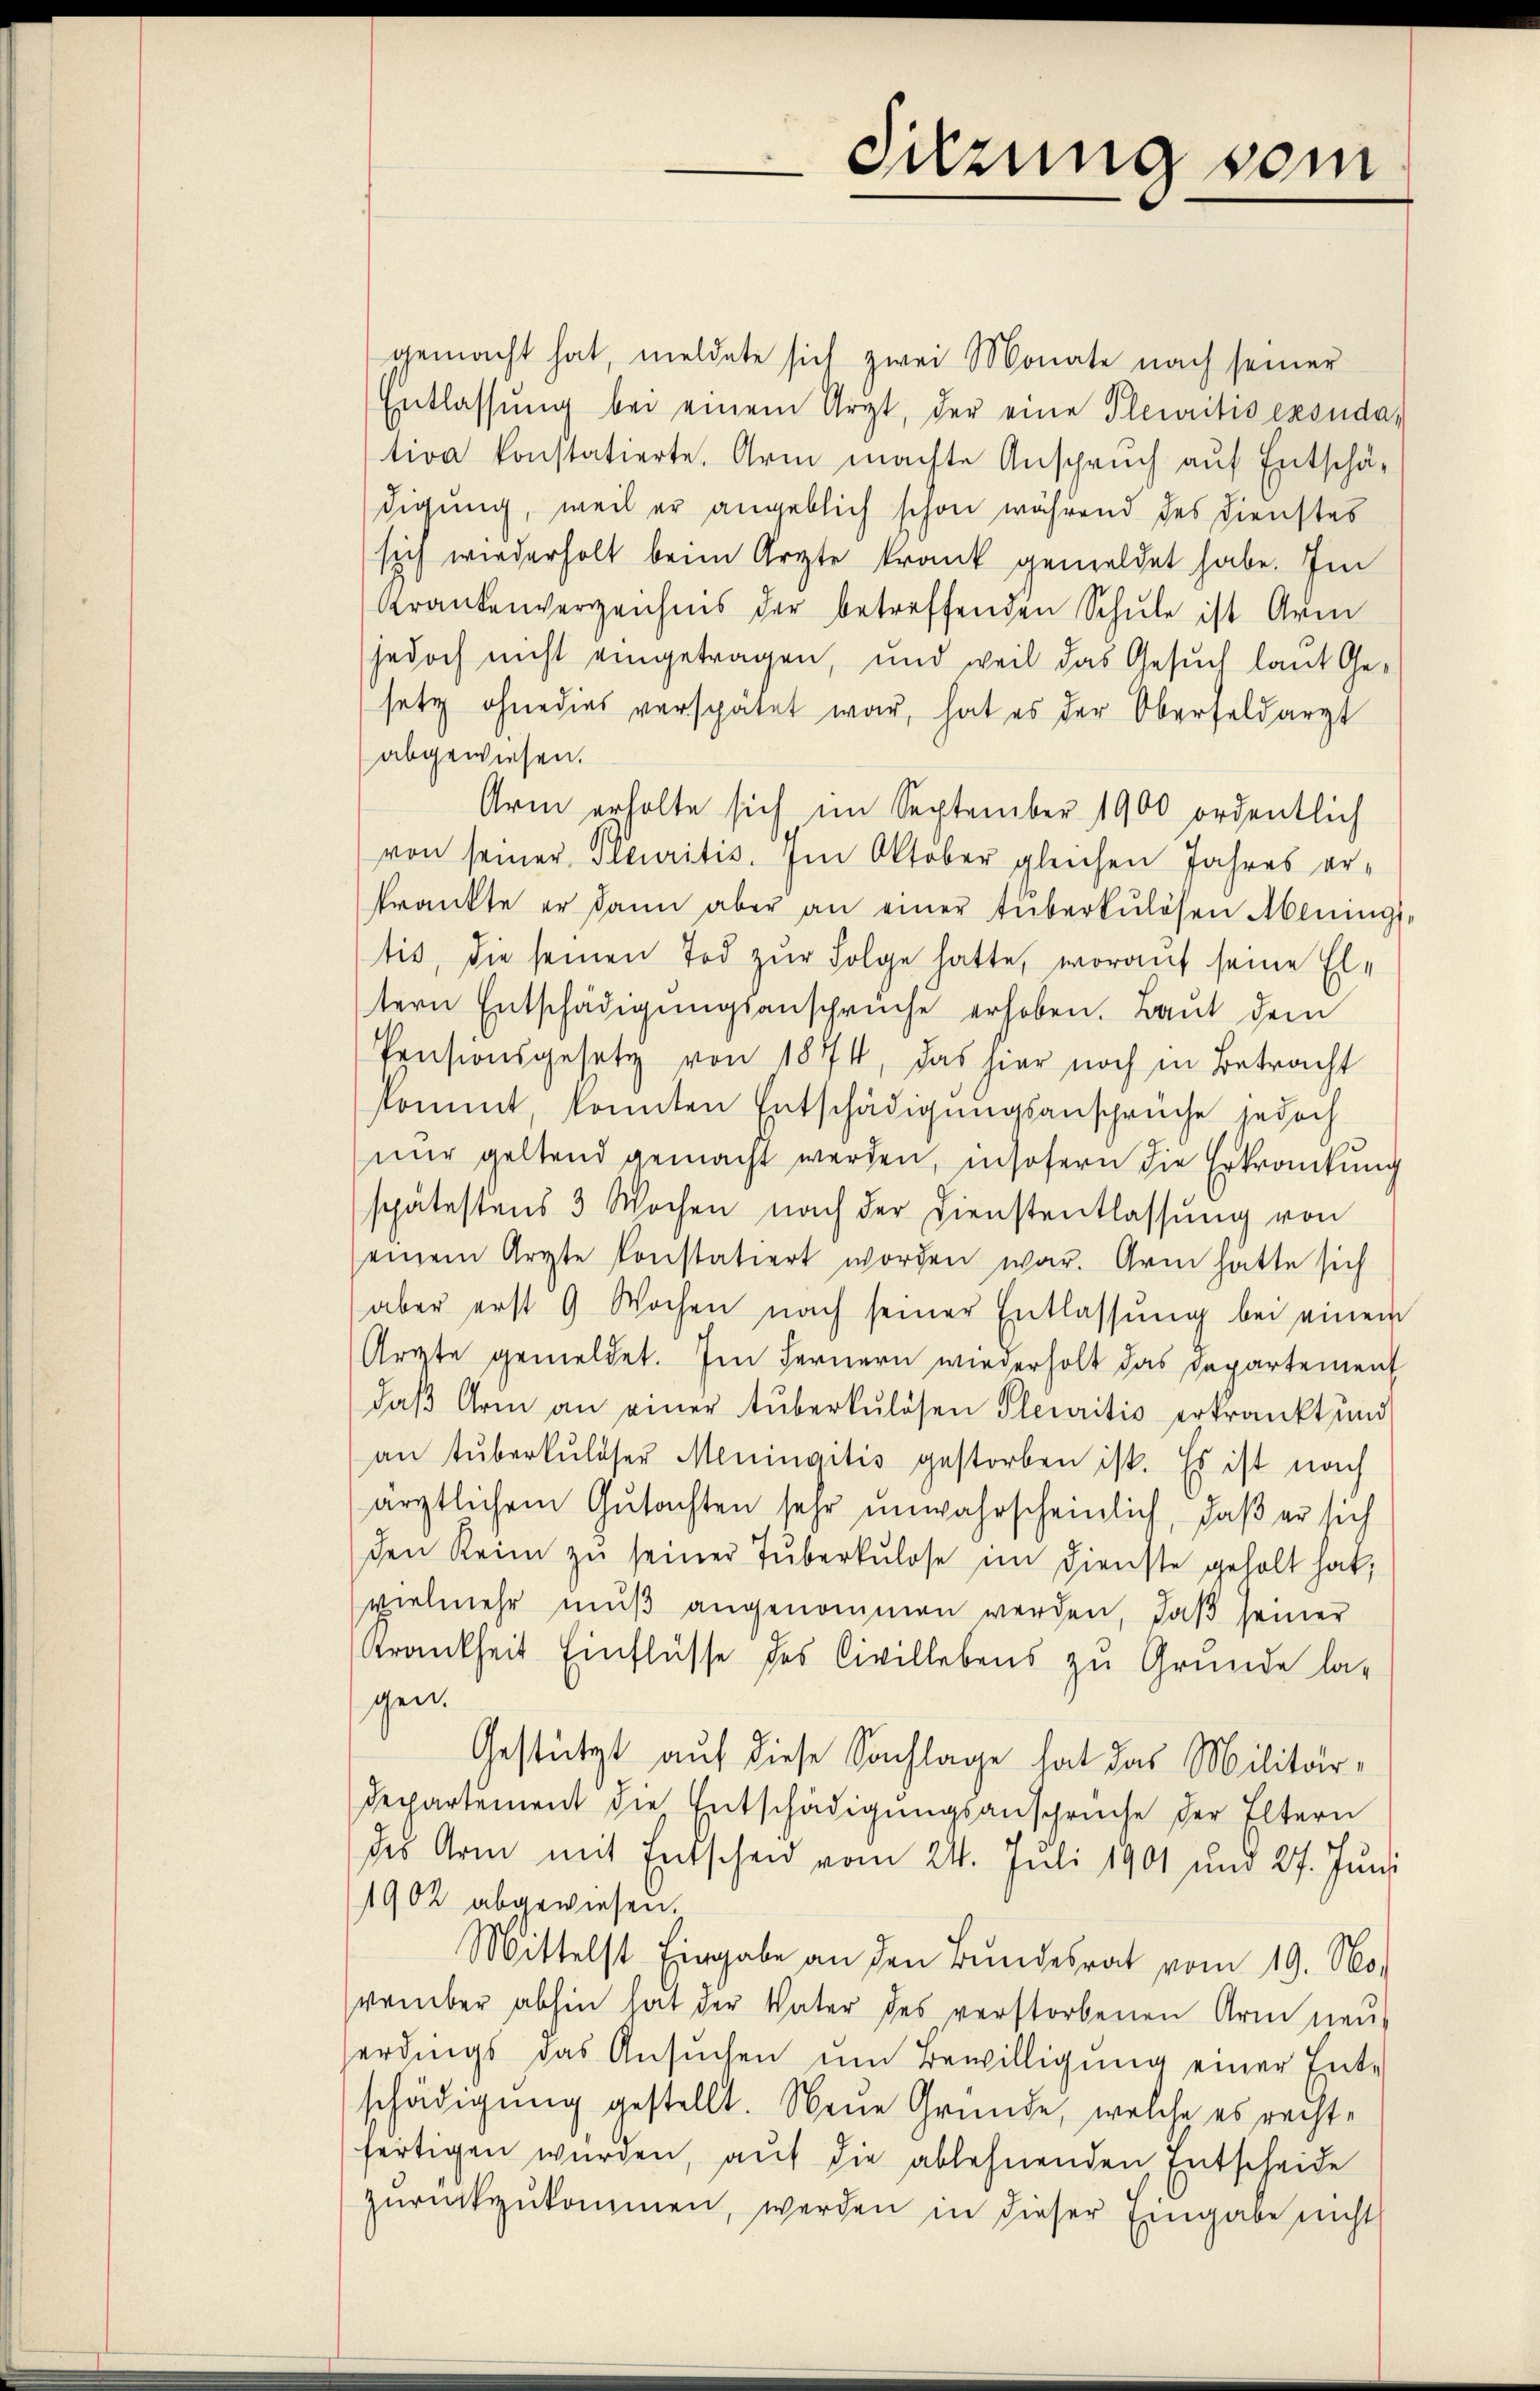
Sitzung vom

gemacht hat, meldete sich zwei Monate nach seiner
Entlassŭng bei einem Arzt, der eine Pleuritisexsudativa konstatierte. Arm machte Anspruch auf Entschä-
digung, weil er angeblich schon während des Dienstes
sich wiederholt beim Arzte krank gemeldet habe. Im
Krankenverzeichnis der betreffenden Schule ist Arm
jedoch nicht eingetragen, und weil das Gesuch laut Gesetz ohne dies verspätet war, hat es der Oberfeldarzt
abgewiesen.
Arm erholte sich im September 1900 ordentlich
von seiner Plauritis. Im Oktober gleichen Jahres erkrankte er dann aber an einer tüberkulösen Abeninge
tis, die seinen Tod zŭr Folge hatte, worauf seine El-
tern Entschädigungsansprüche erhoben. Laut dem
Pensionsgesetz von 1874, das hier noch in Betracht
kommt, konnten Entschädigungsanspruche jedoch
nur geltend gemacht werden, insofern die Erkrankung
spätestens 3 Wochen nach der Dienstentlassung von
einem Arzte konstatiert worden war. Arm hätte sich
aber erst 9 Wochen nach seiner Entlassŭng bei einem
Armte gemeldet. Im Fernern wiederholt das Departement
daβ Arm an einer tuberkulösen Pleuritis erkrankt und
an tŭberkulöser Meningitis gestorben ist. Es ist nach
ärztlichem Gutachten sehr unwahrscheinlich, daß er sich
den Reim zŭ seiner Tuberkulose im Dienste geholt hat,
vielmehr mŭβ angenommen werden, daβ seiner
Krankheit Einflüsse des Civillebens zu Grunde la-
gen.
Gestützt auf diese Sachlage hat das Militär¬
Departement die Entschädigungsansprüche der Eltern
des Arm mit Entscheid vom 24. Juli 1901 um 27. Juni
1902 abgewiesen.
Mittelst Eingabe an den Bundesrat vom 19. Mo
vember abhin hat der Vater des verstorbenen Arm neu
erdings das Ansŭchen ŭm Bewilligŭng einer Ent-
schädigung gestellt. Neue Gründe, welche es recht-
fertigen würden, auf die ablehnenden Entscheide
zŭrückzŭkommen, werden in dieser Eingabe nicht